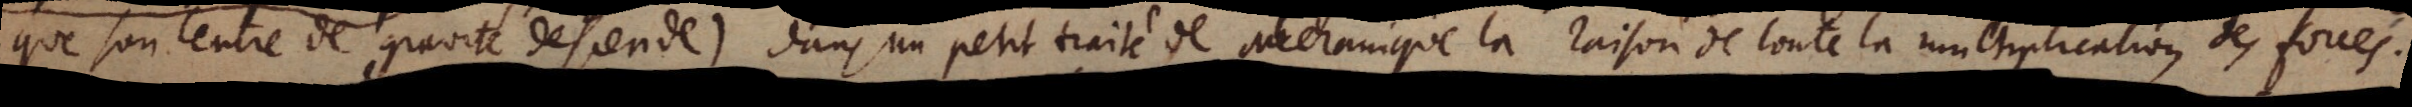
que son centre de gravité descende) dans un petit traité de Mechanique la raison de toute la multiplication des forces.